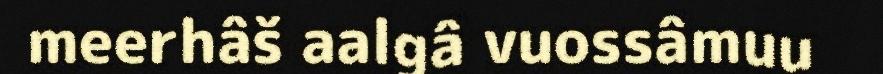
meerhâš aalgâ vuossâmuu